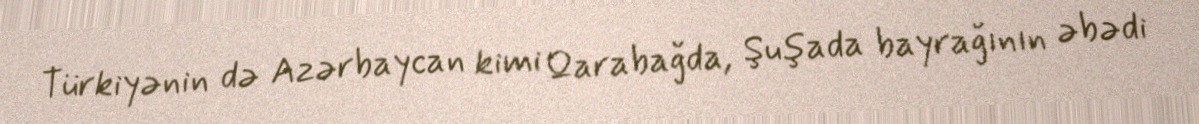
Türkiyənin də Azərbaycan kimi Qarabağda, Şuşada bayrağının əbədi